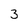
Character: 3